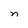
Character: n